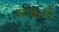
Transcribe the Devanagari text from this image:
माकनी